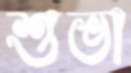
শুভা